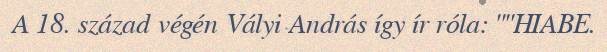
A 18. század végén Vályi András így ír róla: ""HIABE.